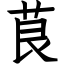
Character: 茛